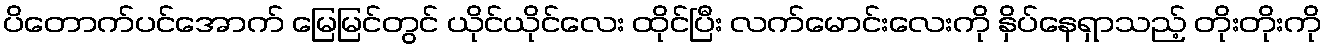
ပိတောက်ပင်အောက် မြေမြင်တွင် ယိုင်ယိုင်လေး ထိုင်ပြီး လက်မောင်းလေးကို နှိပ်နေရှာသည့် တိုးတိုးကို